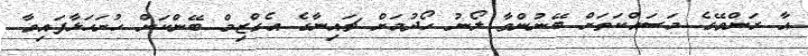
އާ ރަންވޭގެ މަސައްކަތަށް ބޭނުންވާ ލޯނު ހޯދުމަށް ޗައިނާގެ އެގްޒިމް ބޭންކަށް ހުށަހަޅާފައިވާ